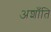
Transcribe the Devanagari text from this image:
अशाँति